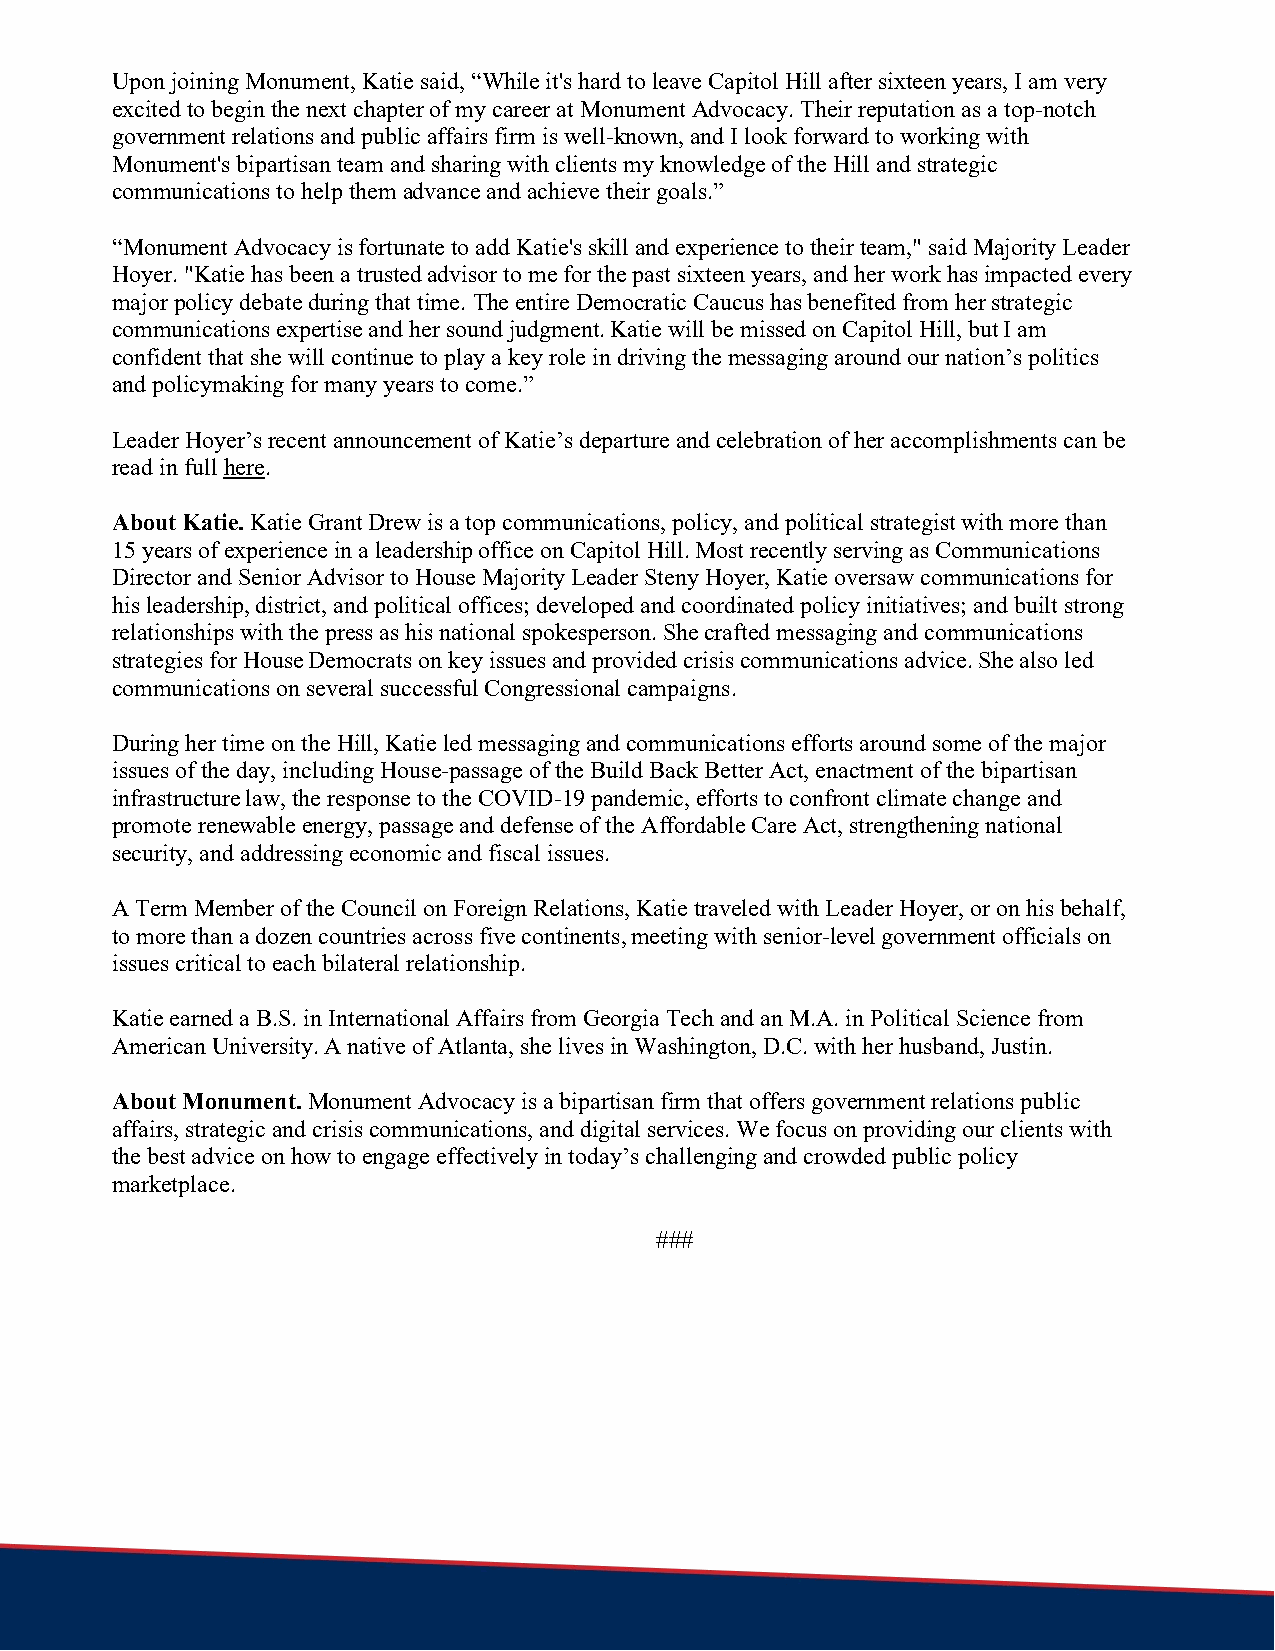
Upon joining Monument, Katie said, “While it's hard to leave Capitol Hill after sixteen years, I am very
 excited to begin the next chapter of my career at Monument Advocacy. Their reputation as a top-notch
 government relations and public affairs firm is well-known, and I look forward to working with
 Monument's bipartisan team and sharing with clients my knowledge of the Hill and strategic
 communications to help them advance and achieve their goals.”
 “Monument Advocacy is fortunate to add Katie's skill and experience to their team," said Majority Leader
 Hoyer. "Katie has been a trusted advisor to me for the past sixteen years, and her work has impacted every
 major policy debate during that time. The entire Democratic Caucus has benefited from her strategic
 communications expertise and her sound judgment. Katie will be missed on Capitol Hill, but I am
 confident that she will continue to play a key role in driving the messaging around our nation’s politics
 and policymaking for many years to come.”
 Leader Hoyer’s recent announcement of Katie’s departure and celebration of her accomplishments can be
 read in full here.
 About Katie. Katie Grant Drew is a top communications, policy, and political strategist with more than
 15 years of experience in a leadership office on Capitol Hill. Most recently serving as Communications
 Director and Senior Advisor to House Majority Leader Steny Hoyer, Katie oversaw communications for
 his leadership, district, and political offices; developed and coordinated policy initiatives; and built strong
 relationships with the press as his national spokesperson. She crafted messaging and communications
 strategies for House Democrats on key issues and provided crisis communications advice. She also led
 communications on several successful Congressional campaigns.
 During her time on the Hill, Katie led messaging and communications efforts around some of the major
 issues of the day, including House-passage of the Build Back Better Act, enactment of the bipartisan
 infrastructure law, the response to the COVID-19 pandemic, efforts to confront climate change and
 promote renewable energy, passage and defense of the Affordable Care Act, strengthening national
 security, and addressing economic and fiscal issues.
 A Term Member of the Council on Foreign Relations, Katie traveled with Leader Hoyer, or on his behalf,
 to more than a dozen countries across five continents, meeting with senior-level government officials on
 issues critical to each bilateral relationship.
 Katie earned a B.S. in International Affairs from Georgia Tech and an M.A. in Political Science from
 American University. A native of Atlanta, she lives in Washington, D.C. with her husband, Justin.
 About Monument. Monument Advocacy is a bipartisan firm that offers government relations public
 affairs, strategic and crisis communications, and digital services. We focus on providing our clients with
 the best advice on how to engage effectively in today’s challenging and crowded public policy
 marketplace.
 ###